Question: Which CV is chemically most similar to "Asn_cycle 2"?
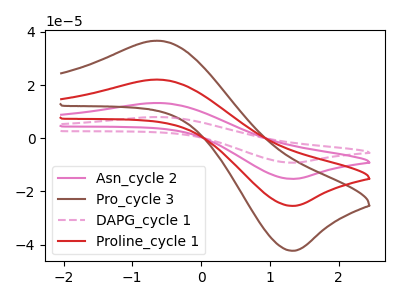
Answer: <think>The pink curve "Asn_cycle 2" has an anodic peak at (-0.65V, 44.10uA) and a cathodic peak at (1.30V, -50.85uA). The brown curve "Pro_cycle 3" has an anodic peak at (-0.65V, 36.65uA) and a cathodic peak at (1.30V, -42.30uA). The pink dashed curve "DAPG_cycle 1" has an anodic peak at (-0.65V, 66.15uA) and a cathodic peak at (1.30V, -76.25uA). The red curve "Proline_cycle 1" has an anodic peak at (-0.65V, 22.05uA) and a cathodic peak at (1.30V, -25.40uA).
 All the peaks in "Asn_cycle 2" have a peak in "Pro_cycle 3" at the same potential. Every peak in "Asn_cycle 2" is higher than every peak in "Pro_cycle 3". All the peaks in "Asn_cycle 2" have a peak in "DAPG_cycle 1" at the same potential. Every peak in "Asn_cycle 2" is lower than every peak in "DAPG_cycle 1". All the peaks in "Asn_cycle 2" have a peak in "Proline_cycle 1" at the same potential. Every peak in "Asn_cycle 2" is higher than every peak in "Proline_cycle 1". All the peaks in "Pro_cycle 3" have a peak in "DAPG_cycle 1" at the same potential. Every peak in "Pro_cycle 3" is lower than every peak in "DAPG_cycle 1". All the peaks in "Pro_cycle 3" have a peak in "Proline_cycle 1" at the same potential. Every peak in "Pro_cycle 3" is higher than every peak in "Proline_cycle 1". All the peaks in "DAPG_cycle 1" have a peak in "Proline_cycle 1" at the same potential. Every peak in "DAPG_cycle 1" is higher than every peak in "Proline_cycle 1".</think>
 <answer>"Asn_cycle 2", "DAPG_cycle 1" and "Proline_cycle 1" have a similar shape to "Pro_cycle 3".</answer>
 <eval>"Asn_cycle 2" "DAPG_cycle 1" "Proline_cycle 1"</eval>